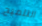
التلميح